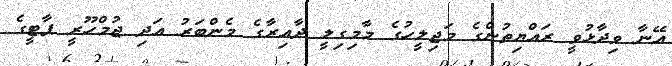
އޭނާ ވިދާޅުވީ ރައްޔިތުންގެ މަޖިލީހުގެ މާމިގިލީ ދާއިރާގެ މެންބަރު އަދި ޖުމްހޫރީ ޕާޓީގެ